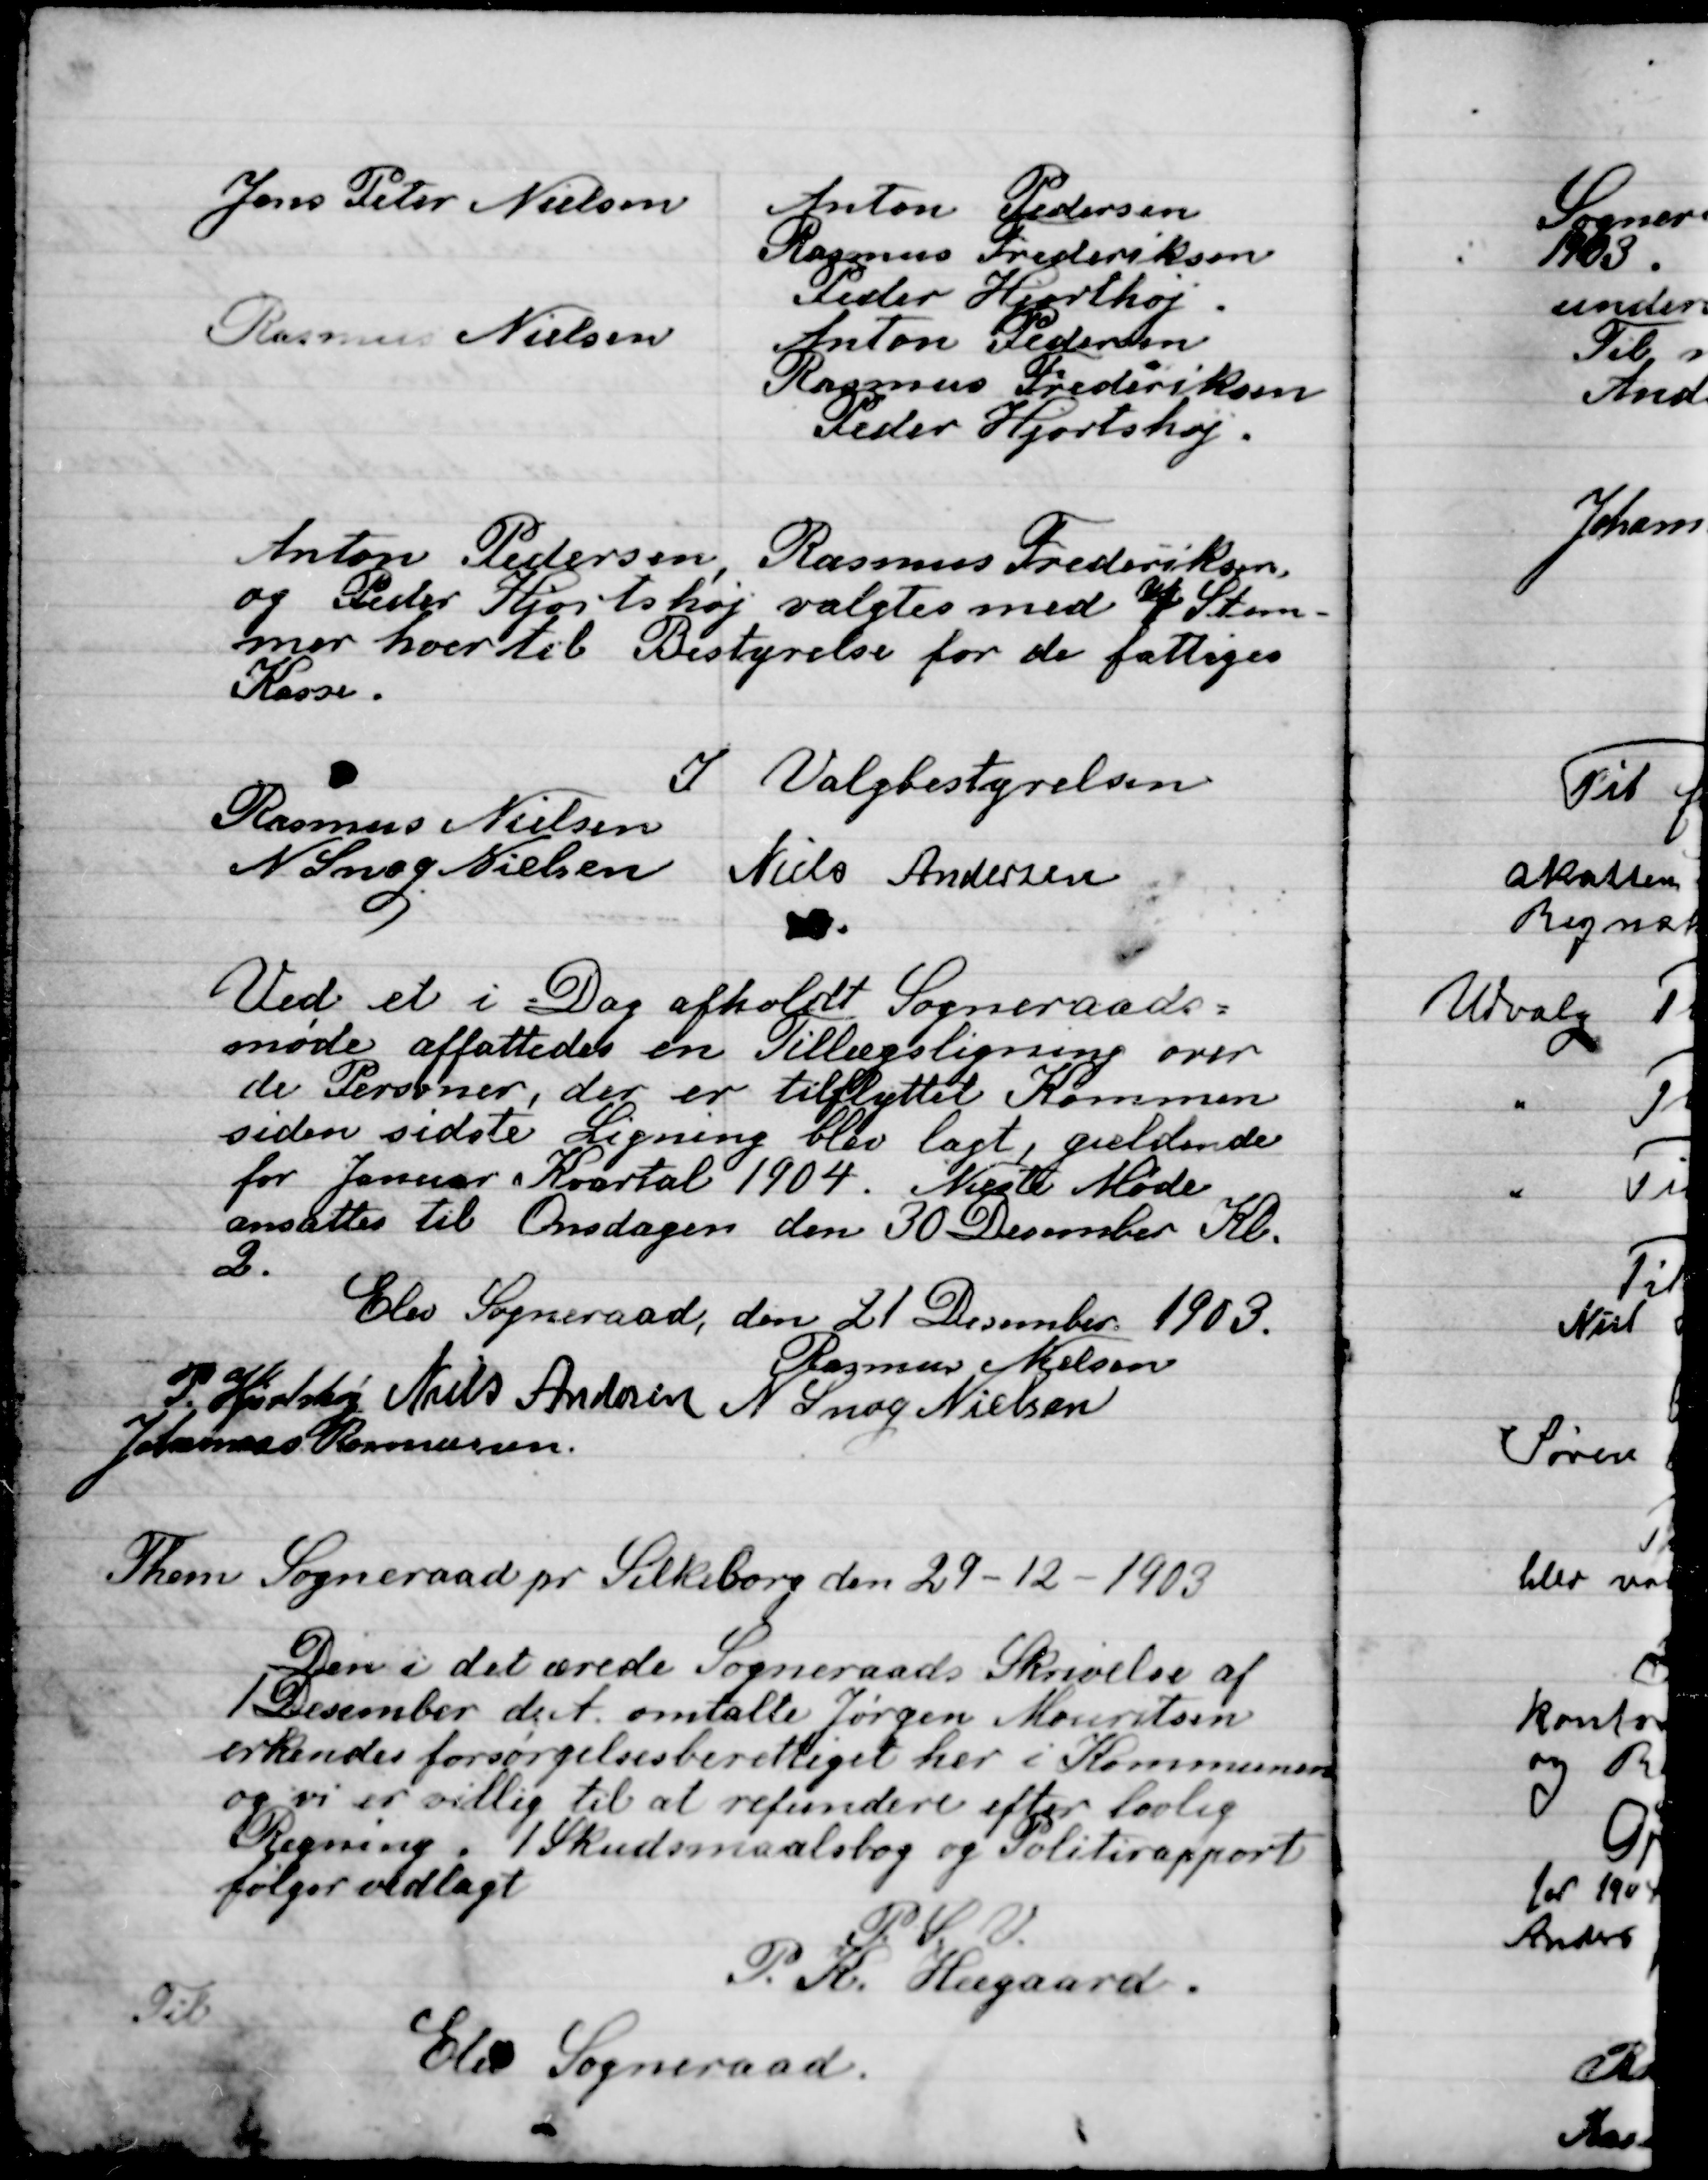
Transskription:
Anton Pedersen, Rasmus Frederiksen
og Peder Hjorthøj valgtes med af Stem-
mer hver til Bestyrelsen for de fattiges 
Kasse.

I Valgbestyrelsen

Rasmus Nielsen
N. Snog Nielsen
Niels Andersen

Ved et i Dag afholdt Sogneraads-
Møde affattedes en Tillægsligning over
de Personer, der er tilflyttet Kommunen
siden sidste Ligning blev lagt, gældende
for Januar Kvartal 1904. Næste Møde
ansattes til Onsdagen den 30 December Kl.
2.

Elev Sogneraad den 21 December 1903

Rasmus Nielsen
P. Hjorthøj
Niels Andersen
N. Snog Nielsen
Johannes Rasmussen.

Them Sogneraad pr. Silkeborg den 29-12-1903

Den i det ærede Sogneraads Skrivelse af
1 december d. A. omtalte Jørgen Mouritsen
erkendes forsørgelsesberettiget her i Kommunen
og vi er villig til at refundere efter lovlig
Regning i 1 Skudsmaals bog og Politirapport
følger vedlagt
P.S.V.
P. R. Hugaard. 
Til
Elev Sogneraad